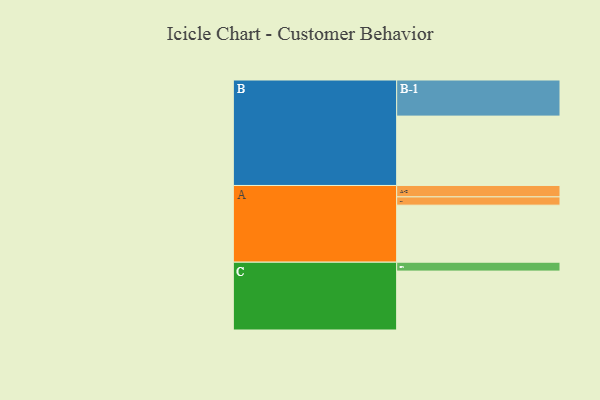
{"axis": {"x": "Segment", "y": "Value"}, "legend": ["", "A", "B", "C"], "data": [{"x": "A", "y": 365, "type": ""}, {"x": "B", "y": 444, "type": ""}, {"x": "C", "y": 377, "type": ""}, {"x": "A-1", "y": 53, "type": "A"}, {"x": "A-2", "y": 73, "type": "A"}, {"x": "B-1", "y": 231, "type": "B"}, {"x": "C-1", "y": 57, "type": "C"}]}